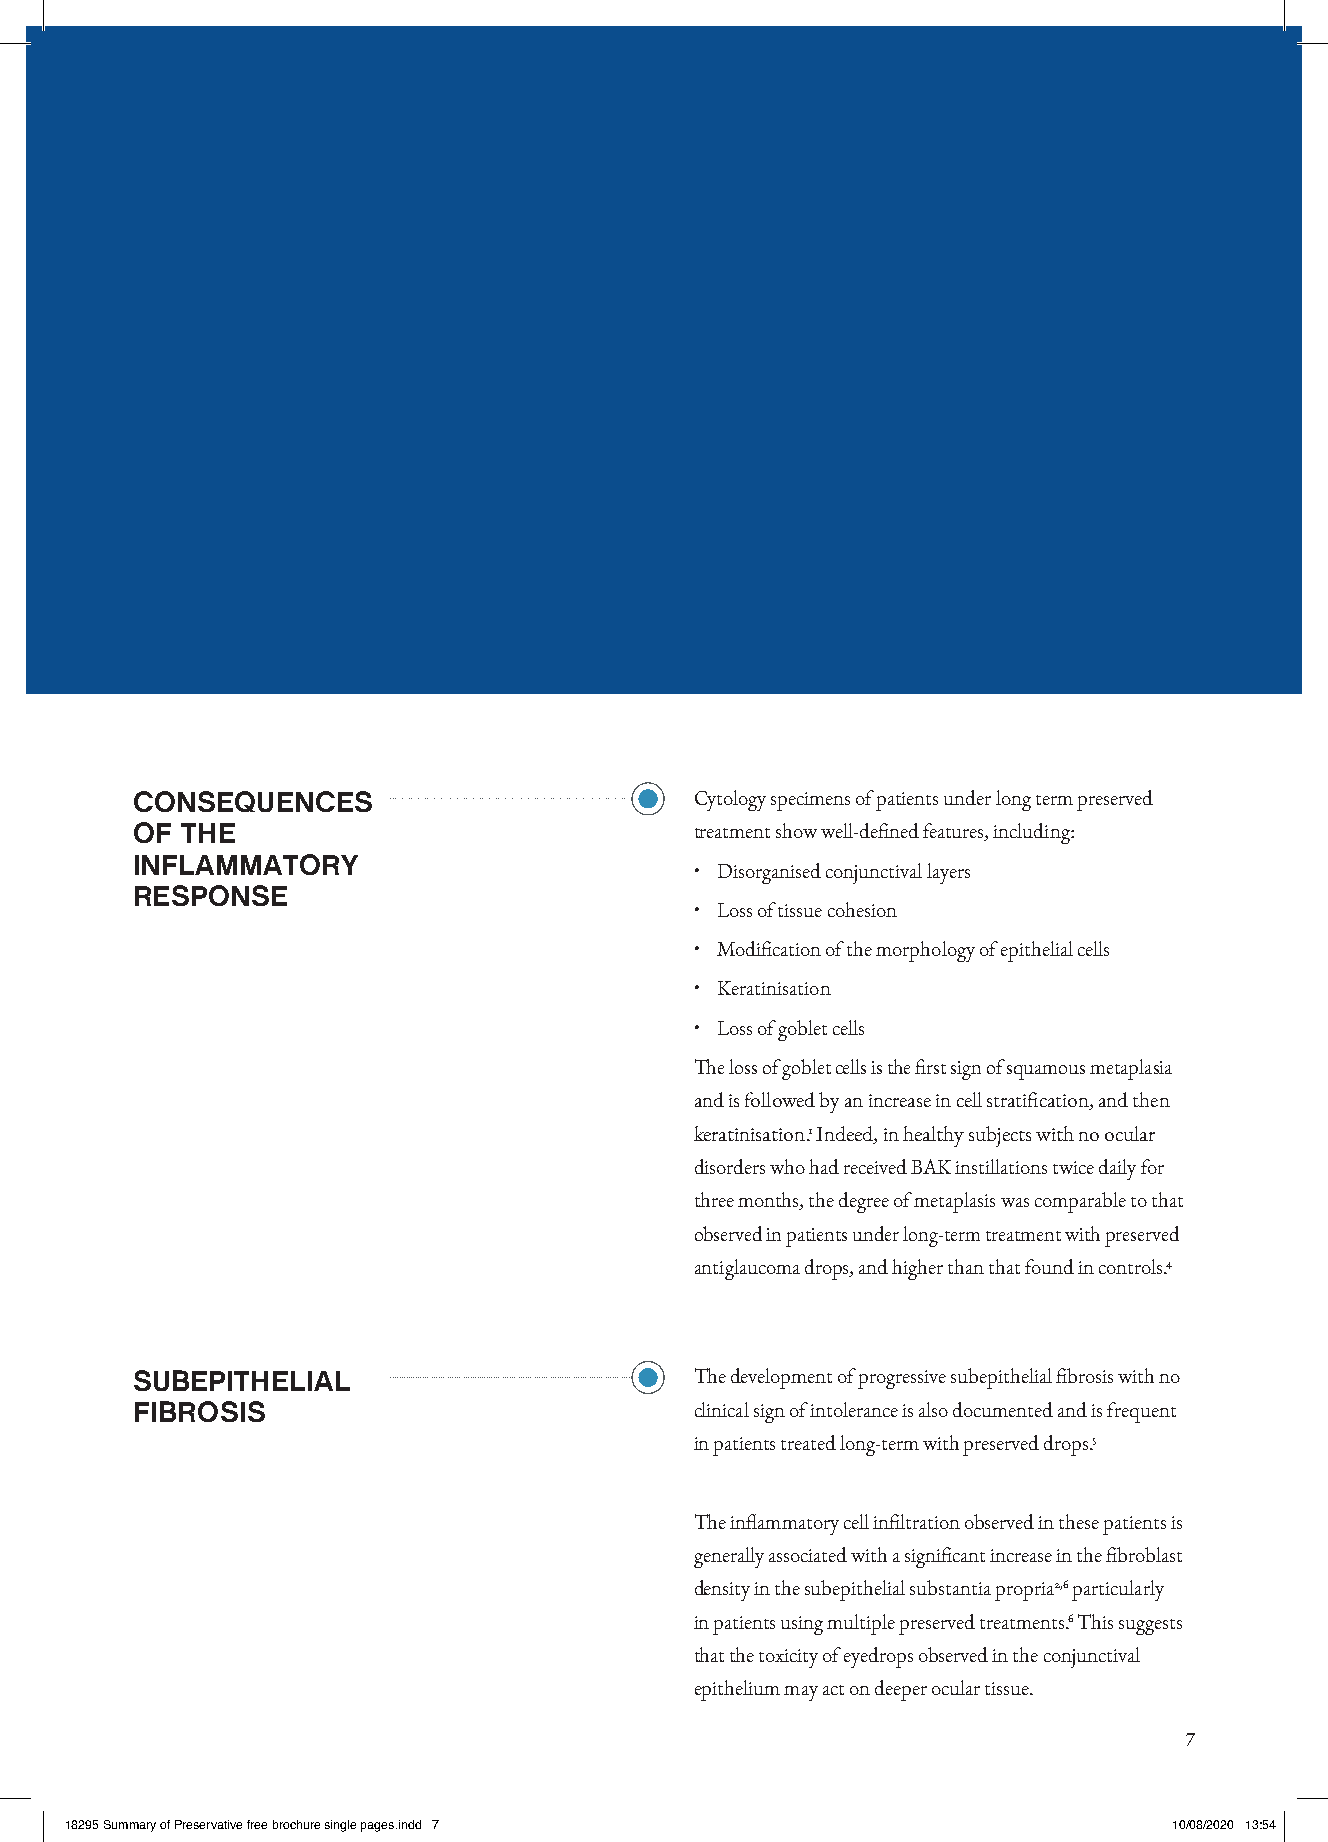
CONSEQUENCES                         Cytology specimens of patients under long term preserved
 OF THE                               treatment show well-defined features, including:
 INFLAMMATORY
 • Disorganised conjunctival layers
 RESPONSE
 • Loss of tissue cohesion
 • Modification of the morphology of epithelial cells
 • Keratinisation
 • Loss of goblet cells
 The loss of goblet cells is the first sign of squamous metaplasia
 and is followed by an increase in cell stratification, and then
 keratinisation.1 Indeed, in healthy subjects with no ocular
 disorders who had received BAK instillations twice daily for
 three months, the degree of metaplasis was comparable to that
 observed in patients under long-term treatment with preserved
 antiglaucoma drops, and higher than that found in controls.4
 SUBEPITHELIAL                        The development of progressive subepithelial fibrosis with no
 FIBROSIS                             clinical sign of intolerance is also documented and is frequent
 in patients treated long-term with preserved drops.5
 The inflammatory cell infiltration observed in these patients is
 generally associated with a significant increase in the fibroblast
 density in the subepithelial substantia propria2,6 particularly
 in patients using multiple preserved treatments.6 This suggests
 that the toxicity of eyedrops observed in the conjunctival
 epithelium may act on deeper ocular tissue.
 7
 1188229955 SSuummmmaarryy ooff PPrreesseerrvvaattiivvee ffrreeee bbrroocchhuurree ssiinnggllee ppaaggeess..iinndddd 77 1100//0088//22002200 1133::5544